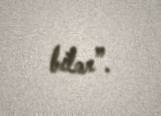
bilər”.